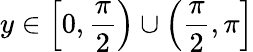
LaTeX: y\in\left[0,{\frac{\pi}{2}}\right)\cup\left({\frac{\pi}{2}},\pi\right]